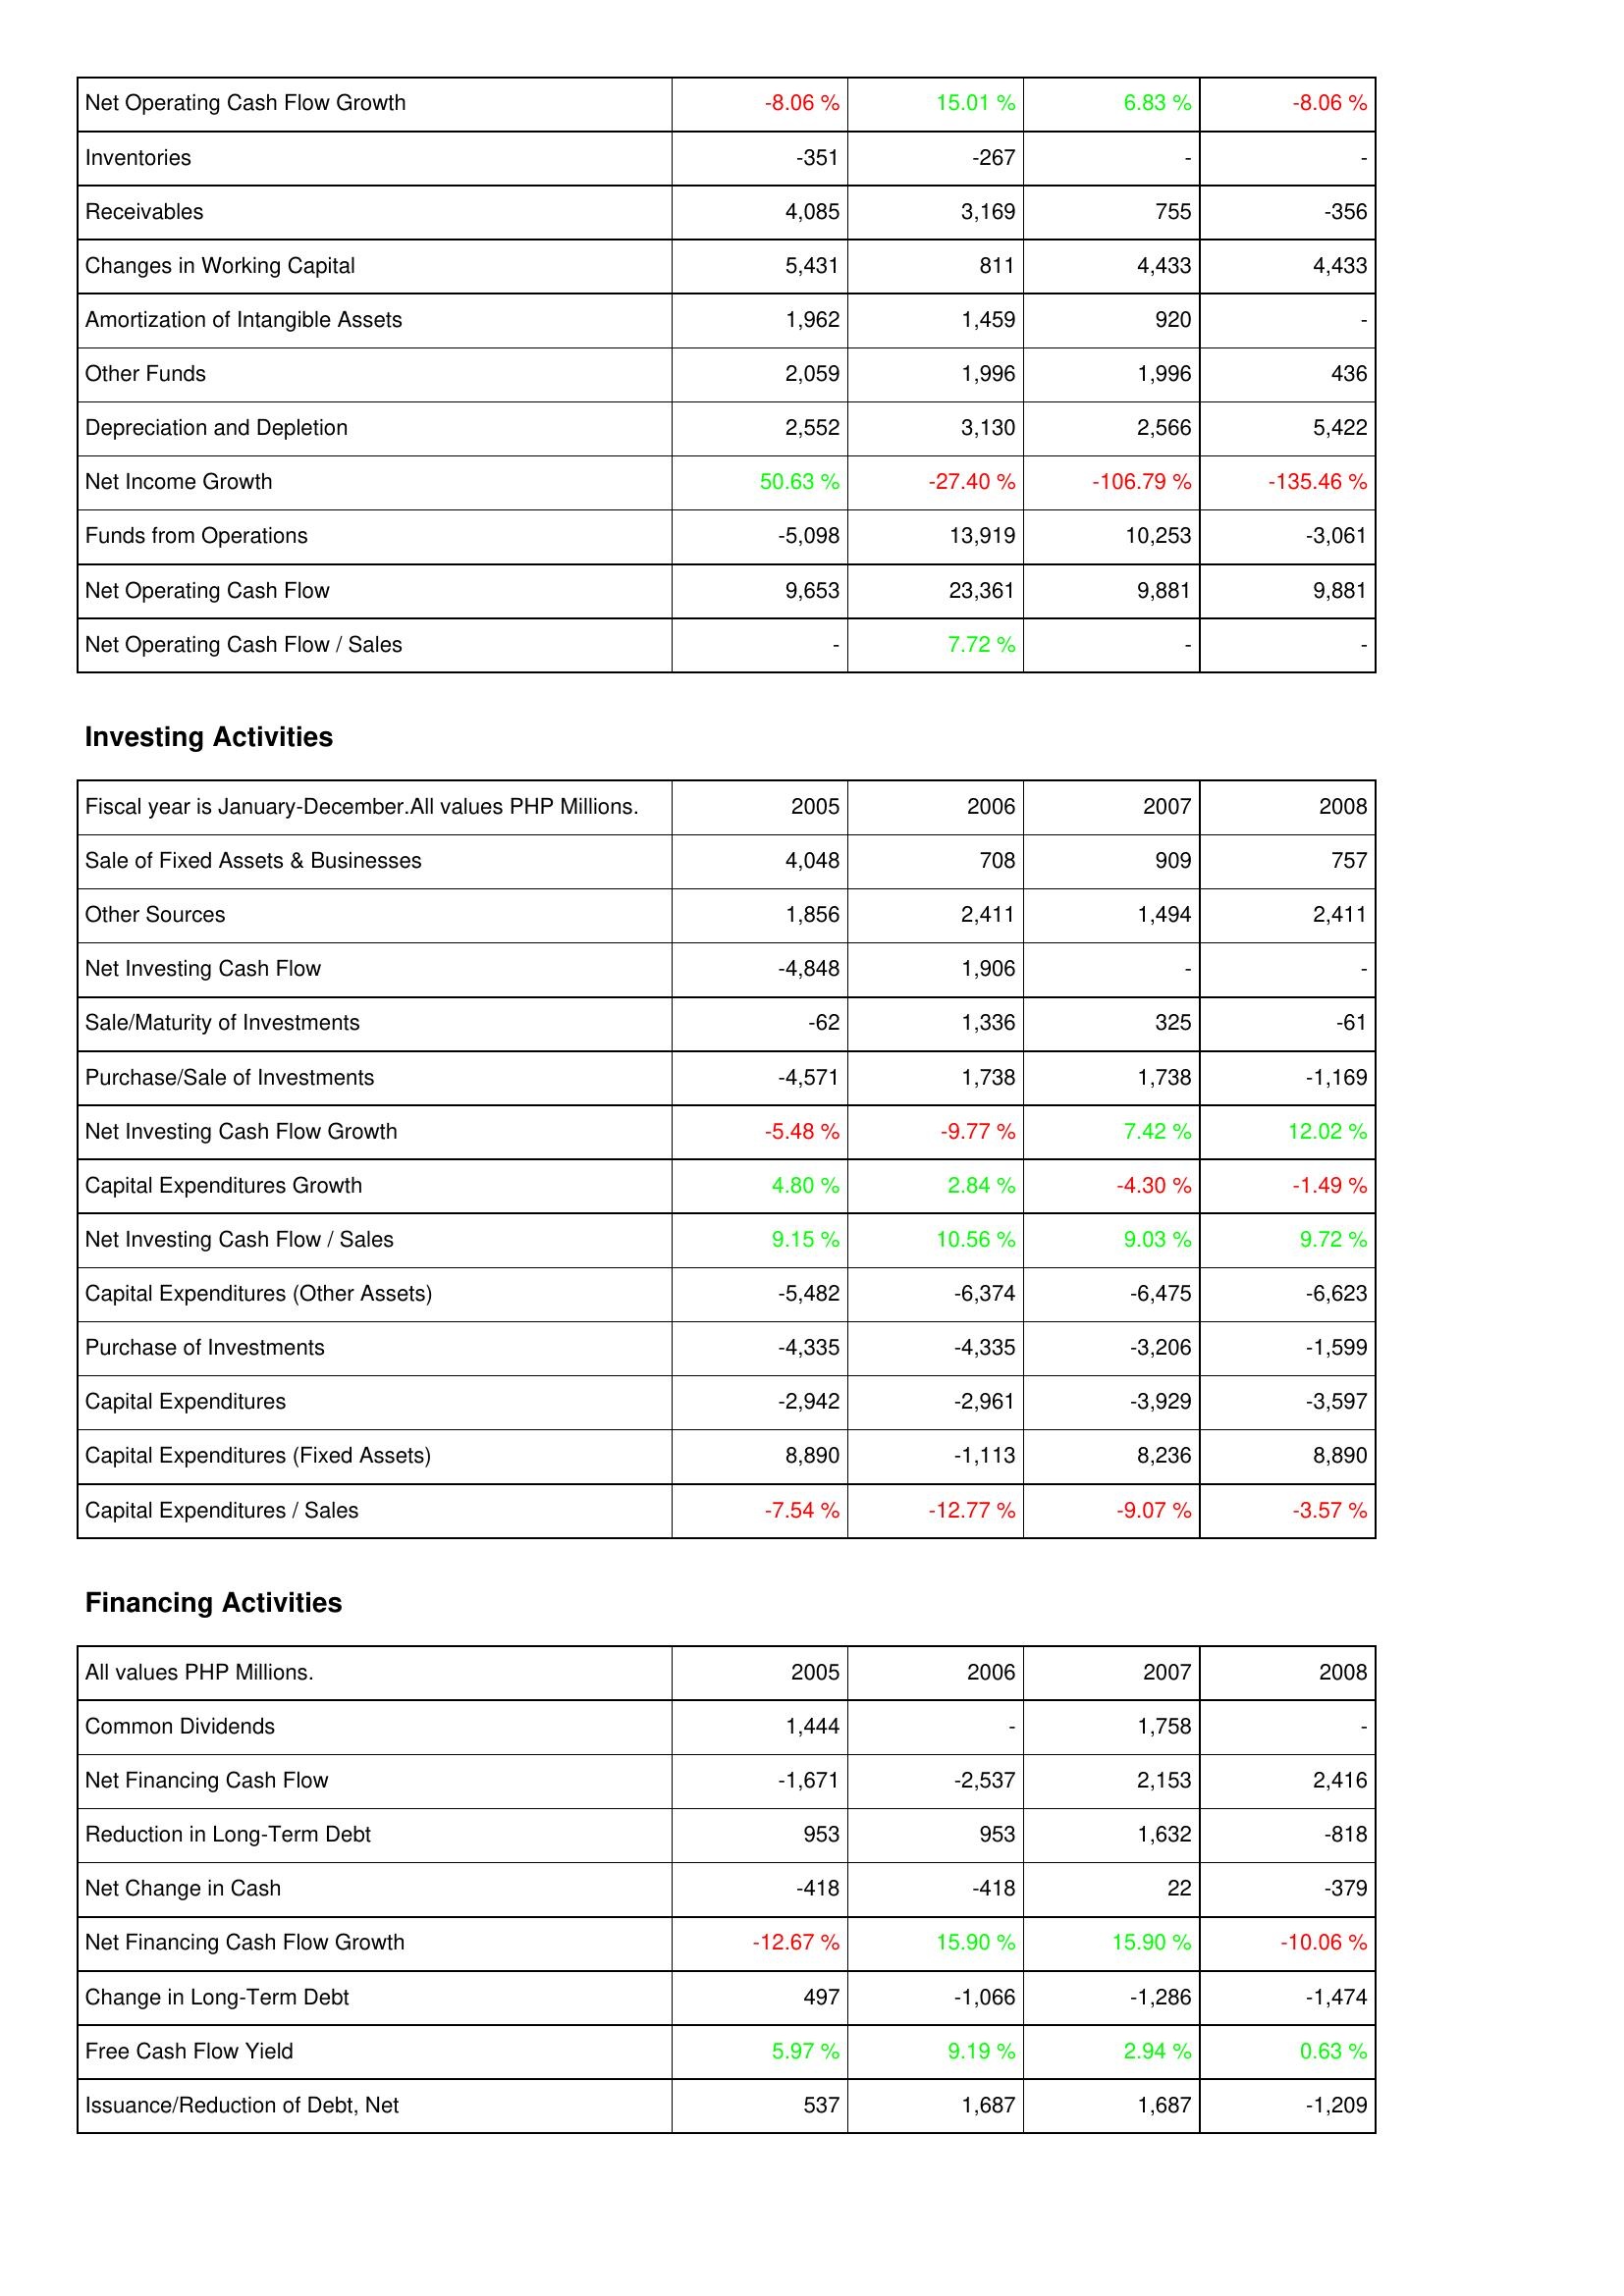
2005: Operating Activities: Net Operating Cash Flow Growth: -8.06 %
Inventories: -351
Receivables: 4,085
Changes in Working Capital: 5,431
Amortization of Intangible Assets: 1,962
Other Funds: 2,059
Depreciation and Depletion: 2,552
Net Income Growth: 50.63 %
Funds from Operations: -5,098
Net Operating Cash Flow: 9,653
Net Operating Cash Flow / Sales: -
Investing Activities: Sale of Fixed Assets & Businesses: 4,048
Other Sources: 1,856
Net Investing Cash Flow: -4,848
Sale/Maturity of Investments: -62
Purchase/Sale of Investments: -4,571
Net Investing Cash Flow Growth: -5.48 %
Capital Expenditures Growth: 4.80 %
Net Investing Cash Flow / Sales: 9.15 %
Capital Expenditures (Other Assets): -5,482
Purchase of Investments: -4,335
Capital Expenditures: -2,942
Capital Expenditures (Fixed Assets): 8,890
Capital Expenditures / Sales: -7.54 %
Financing Activities: Common Dividends: 1,444
Net Financing Cash Flow: -1,671
Reduction in Long-Term Debt: 953
Net Change in Cash: -418
Net Financing Cash Flow Growth: -12.67 %
Change in Long-Term Debt: 497
Free Cash Flow Yield: 5.97 %
Issuance/Reduction of Debt, Net: 537
2006: Operating Activities: Net Operating Cash Flow Growth: 15.01 %
Inventories: -267
Receivables: 3,169
Changes in Working Capital: 811
Amortization of Intangible Assets: 1,459
Other Funds: 1,996
Depreciation and Depletion: 3,130
Net Income Growth: -27.40 %
Funds from Operations: 13,919
Net Operating Cash Flow: 23,361
Net Operating Cash Flow / Sales: 7.72 %
Investing Activities: Sale of Fixed Assets & Businesses: 708
Other Sources: 2,411
Net Investing Cash Flow: 1,906
Sale/Maturity of Investments: 1,336
Purchase/Sale of Investments: 1,738
Net Investing Cash Flow Growth: -9.77 %
Capital Expenditures Growth: 2.84 %
Net Investing Cash Flow / Sales: 10.56 %
Capital Expenditures (Other Assets): -6,374
Purchase of Investments: -4,335
Capital Expenditures: -2,961
Capital Expenditures (Fixed Assets): -1,113
Capital Expenditures / Sales: -12.77 %
Financing Activities: Common Dividends: -
Net Financing Cash Flow: -2,537
Reduction in Long-Term Debt: 953
Net Change in Cash: -418
Net Financing Cash Flow Growth: 15.90 %
Change in Long-Term Debt: -1,066
Free Cash Flow Yield: 9.19 %
Issuance/Reduction of Debt, Net: 1,687
2007: Operating Activities: Net Operating Cash Flow Growth: 6.83 %
Inventories: -
Receivables: 755
Changes in Working Capital: 4,433
Amortization of Intangible Assets: 920
Other Funds: 1,996
Depreciation and Depletion: 2,566
Net Income Growth: -106.79 %
Funds from Operations: 10,253
Net Operating Cash Flow: 9,881
Net Operating Cash Flow / Sales: -
Investing Activities: Sale of Fixed Assets & Businesses: 909
Other Sources: 1,494
Net Investing Cash Flow: -
Sale/Maturity of Investments: 325
Purchase/Sale of Investments: 1,738
Net Investing Cash Flow Growth: 7.42 %
Capital Expenditures Growth: -4.30 %
Net Investing Cash Flow / Sales: 9.03 %
Capital Expenditures (Other Assets): -6,475
Purchase of Investments: -3,206
Capital Expenditures: -3,929
Capital Expenditures (Fixed Assets): 8,236
Capital Expenditures / Sales: -9.07 %
Financing Activities: Common Dividends: 1,758
Net Financing Cash Flow: 2,153
Reduction in Long-Term Debt: 1,632
Net Change in Cash: 22
Net Financing Cash Flow Growth: 15.90 %
Change in Long-Term Debt: -1,286
Free Cash Flow Yield: 2.94 %
Issuance/Reduction of Debt, Net: 1,687
2008: Operating Activities: Net Operating Cash Flow Growth: -8.06 %
Inventories: -
Receivables: -356
Changes in Working Capital: 4,433
Amortization of Intangible Assets: -
Other Funds: 436
Depreciation and Depletion: 5,422
Net Income Growth: -135.46 %
Funds from Operations: -3,061
Net Operating Cash Flow: 9,881
Net Operating Cash Flow / Sales: -
Investing Activities: Sale of Fixed Assets & Businesses: 757
Other Sources: 2,411
Net Investing Cash Flow: -
Sale/Maturity of Investments: -61
Purchase/Sale of Investments: -1,169
Net Investing Cash Flow Growth: 12.02 %
Capital Expenditures Growth: -1.49 %
Net Investing Cash Flow / Sales: 9.72 %
Capital Expenditures (Other Assets): -6,623
Purchase of Investments: -1,599
Capital Expenditures: -3,597
Capital Expenditures (Fixed Assets): 8,890
Capital Expenditures / Sales: -3.57 %
Financing Activities: Common Dividends: -
Net Financing Cash Flow: 2,416
Reduction in Long-Term Debt: -818
Net Change in Cash: -379
Net Financing Cash Flow Growth: -10.06 %
Change in Long-Term Debt: -1,474
Free Cash Flow Yield: 0.63 %
Issuance/Reduction of Debt, Net: -1,209